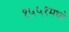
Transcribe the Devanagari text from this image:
१५५१मध्ये